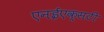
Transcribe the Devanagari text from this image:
एनईएक्सटी